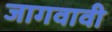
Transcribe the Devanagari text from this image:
जागवावी